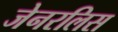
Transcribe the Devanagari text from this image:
जेनरलिस